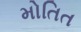
મોતિત